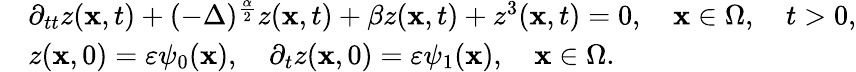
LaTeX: \begin{array}{rl}&{\partial_{tt}z(\textbf{x},t)+(-\Delta)^{\frac{\alpha}{2}}z(\textbf{x},t)+\beta z(\textbf{x},t)+z^{3}(\textbf{x},t)=0,\quad\textbf{x}\in\Omega,\quad t>0,}\\ &{z(\textbf{x},0)=\varepsilon\psi_{0}(\textbf{x}),\quad\partial_{t}z(\textbf{x},0)=\varepsilon\psi_{1}(\textbf{x}),\quad\textbf{x}\in\Omega.}\end{array}